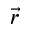
\vec { r }